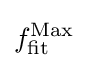
f_{\text{fit}}^{\text{Max}}